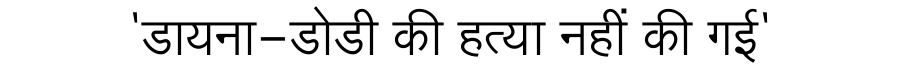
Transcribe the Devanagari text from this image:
'डायना-डोडी की हत्या नहीं की गई'